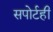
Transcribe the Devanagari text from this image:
सपोर्टही